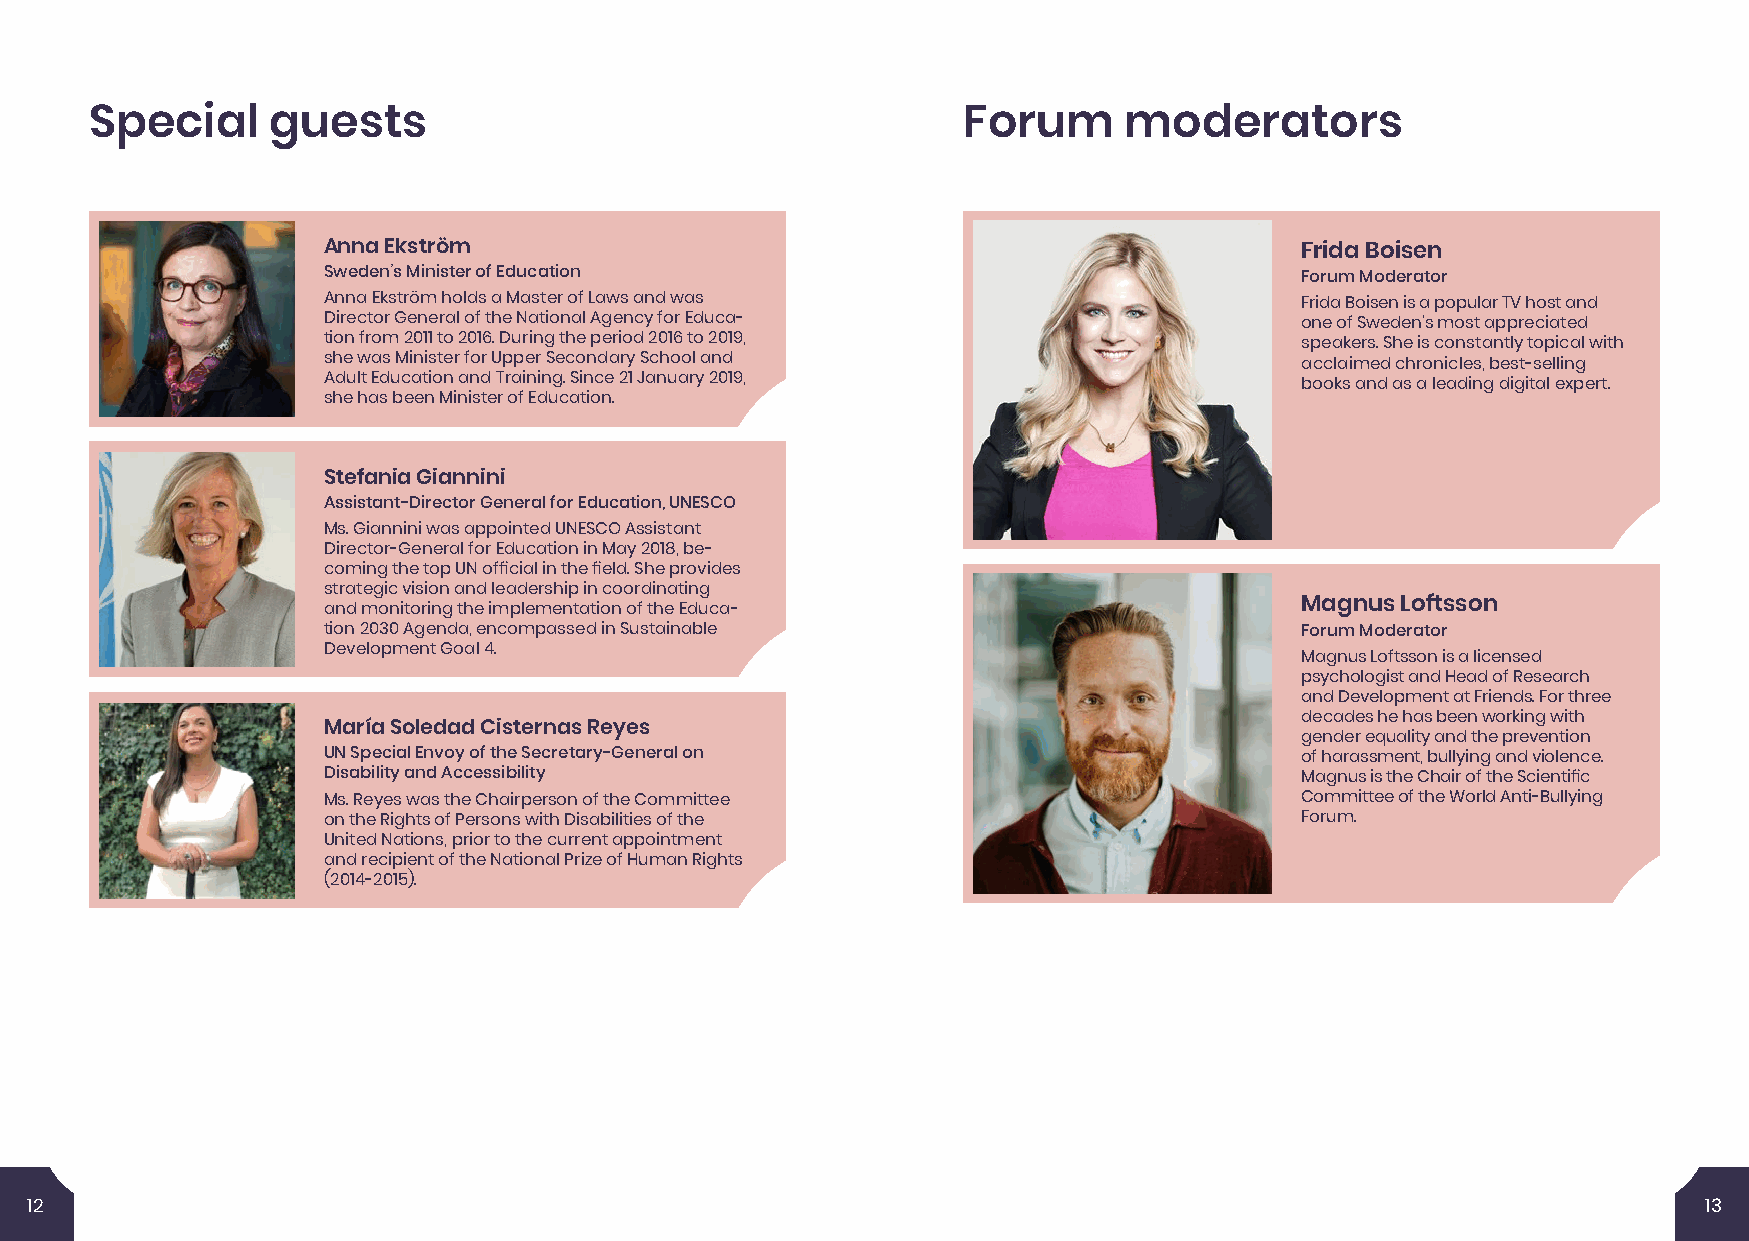
Special     guests                                        Forum     moderators
 Anna Ekström                                                     Frida Boisen
 Sweden’s Minister of Education                                   Forum Moderator
 Anna Ekström holds a Master of Laws and was                      Frida Boisen is a popular TV host and
 Director General of the National Agency for Educa-               one of Sweden’s most appreciated
 tion from 2011 to 2016. During the period 2016 to 2019,          speakers. She is constantly topical with
 she was Minister for Upper Secondary School and                  acclaimed chronicles, best-selling
 Adult Education and Training. Since 21 January 2019,             books and as a leading digital expert.
 she has been Minister of Education.
 Stefania Giannini
 Assistant-Director General for Education, UNESCO
 Ms. Giannini was appointed UNESCO Assistant
 Director-General for Education in May 2018, be-
 coming the top UN official in the field. She provides
 strategic vision and leadership in coordinating
 and monitoring the implementation of the Educa-                  Magnus Loftsson
 tion 2030 Agenda, encompassed in Sustainable                     Forum Moderator
 Development Goal 4.
 Magnus Loftsson is a licensed
 psychologist and Head of Research
 and Development at Friends. For three
 decades he has been working with
 María Soledad Cisternas Reyes
 gender equality and the prevention
 UN Special Envoy of the Secretary-General on                     of harassment, bullying and violence.
 Disability and Accessibility                                     Magnus is the Chair of the Scientific
 Ms. Reyes was the Chairperson of the Committee                   Committee of the World Anti-Bullying
 on the Rights of Persons with Disabilities of the                Forum.
 United Nations, prior to the current appointment
 and recipient of the National Prize of Human Rights
 (2014-2015).
 12                                                                                                             13